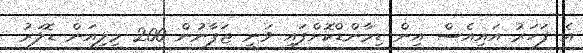
އެ ފަހަރު އައިއެސް އިން ޑިމާންޑްކޮށްފައި ވަނީ ޖަޕާނުން 200 މިލިއަން ޑޮލަރު